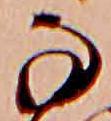
な